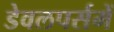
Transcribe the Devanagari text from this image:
डेवलपर्समें